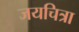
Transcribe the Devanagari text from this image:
जयचित्रा